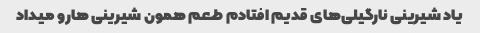
یاد شیرینی نارگیلی‌های قدیم افتادم طعم همون شیرینی هارو میداد